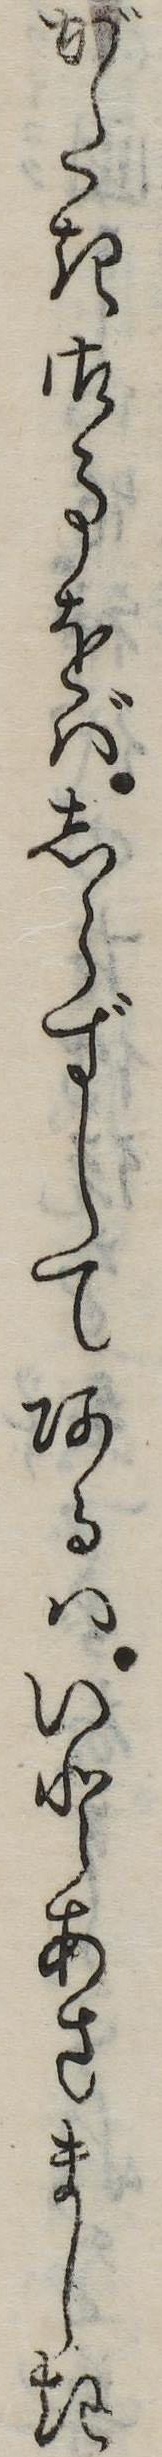
がたき御事をばしらずしてあるはいとあさましき